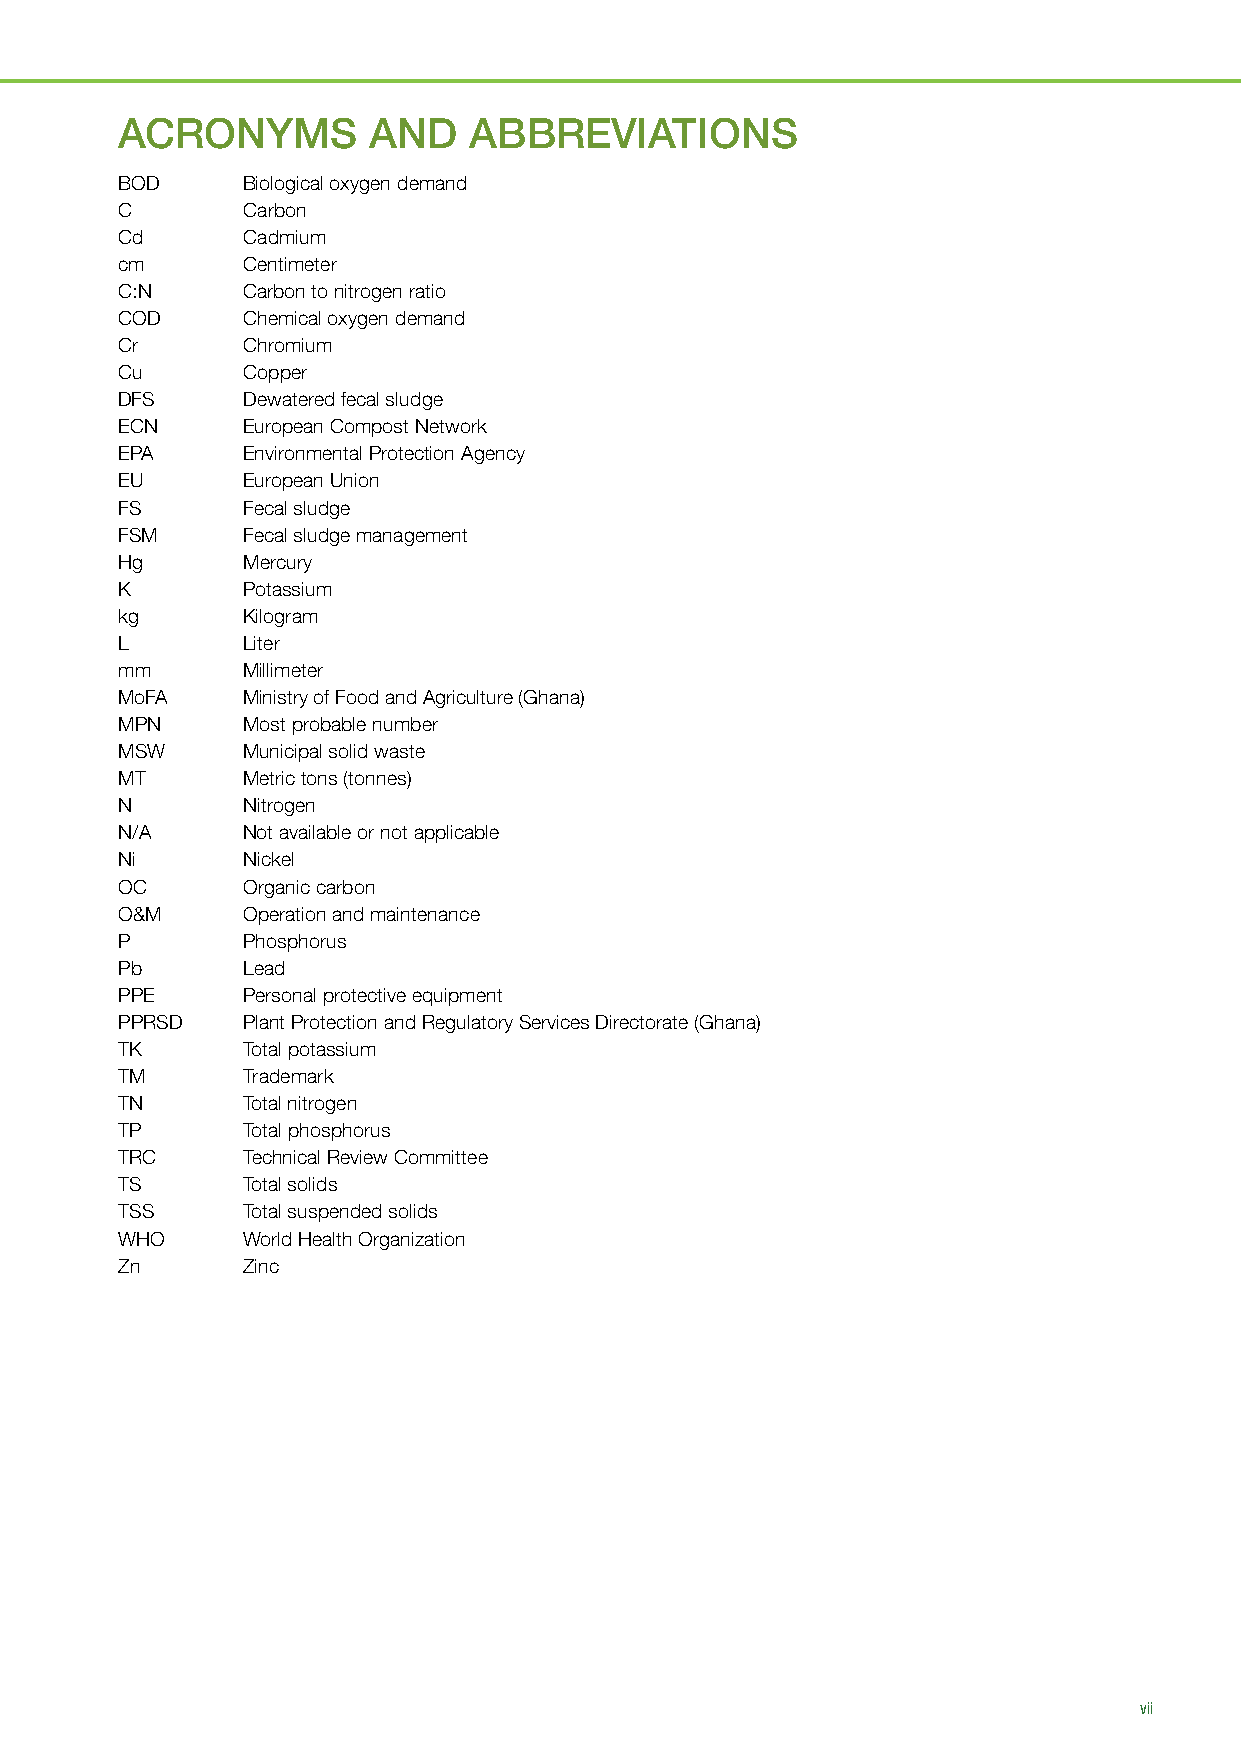
ACRONYMS        AND    ABBREVIATIONS
 BOD     Biological oxygen demand
 C       Carbon
 Cd      Cadmium
 cm      Centimeter
 C:N     Carbon to nitrogen ratio
 COD     Chemical oxygen demand
 Cr      Chromium
 Cu      Copper
 DFS     Dewatered fecal sludge
 ECN     European Compost Network
 EPA     Environmental Protection Agency
 EU      European Union
 FS      Fecal sludge
 FSM     Fecal sludge management
 Hg      Mercury
 K       Potassium
 kg      Kilogram
 L       Liter
 mm      Millimeter
 MoFA    Ministry of Food and Agriculture (Ghana)
 MPN     Most probable number
 MSW     Municipal solid waste
 MT      Metric tons (tonnes)
 N       Nitrogen
 N/A     Not available or not applicable
 Ni      Nickel
 OC      Organic carbon
 O&M     Operation and maintenance
 P       Phosphorus
 Pb      Lead
 PPE     Personal protective equipment
 PPRSD   Plant Protection and Regulatory Services Directorate (Ghana)
 TK      Total potassium
 TM      Trademark
 TN      Total nitrogen
 TP      Total phosphorus
 TRC     Technical Review Committee
 TS      Total solids
 TSS     Total suspended solids
 WHO     World Health Organization
 Zn      Zinc
 vii